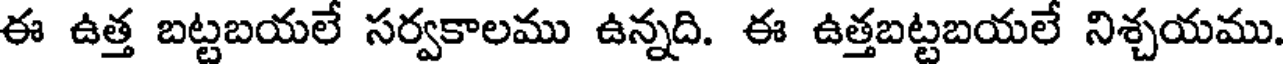
ఈ ఉత్త బట్టబయలే సర్వకాలము ఉన్నది. ఈ ఉత్తబట్టబయలే నిశ్చయము.